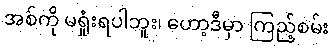
အစ်ကို မရှုံးရပါဘူး၊ ဟော့ဒီမှာ ကြည့်စမ်း